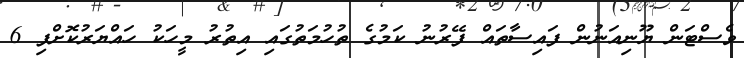
ވެސްޓަން ޔޫނިއަނުން ފައިސާތައް ފޭރުނު ކަމުގެ ތުހުމަތުގައި އިތުރު މީހަކު ހައްޔަރުކޮށްފި 6